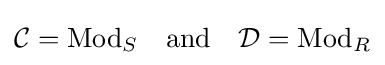
{\mathcal {C}}=\mathrm {Mod} _{S}\quad {\text{and}}\quad {\mathcal {D}}=\mathrm {Mod} _{R}